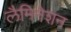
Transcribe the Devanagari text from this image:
लैमिनेशन